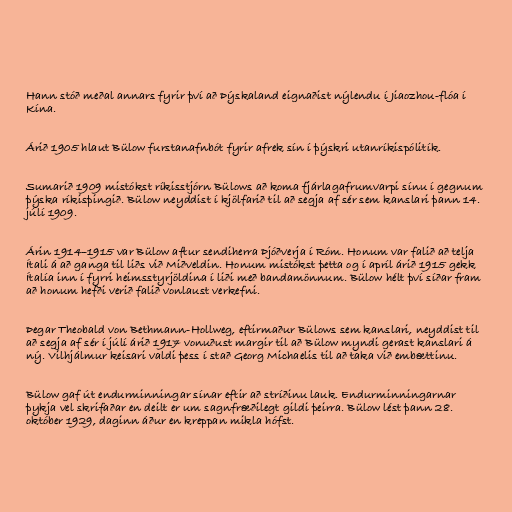
Hann stóð meðal annars fyrir því að Þýskaland eignaðist nýlendu í Jiaozhou-flóa í
Kína.

Árið 1905 hlaut Bülow furstanafnbót fyrir afrek sín í þýskri utanríkispólitík.

Sumarið 1909 mistókst ríkisstjórn Bülows að koma fjárlagafrumvarpi sínu í gegnum
þýska ríkisþingið. Bülow neyddist í kjölfarið til að segja af sér sem kanslari þann 14.
júlí 1909.

Árin 1914–1915 var Bülow aftur sendiherra Þjóðverja í Róm. Honum var falið að telja
Ítali á að ganga til liðs við Miðveldin. Honum mistókst þetta og í apríl árið 1915 gekk
Ítalía inn í fyrri heimsstyrjöldina í liði með bandamönnum. Bülow hélt því síðar fram
að honum hefði verið falið vonlaust verkefni.

Þegar Theobald von Bethmann-Hollweg, eftirmaður Bülows sem kanslari, neyddist til
að segja af sér í júlí árið 1917 vonuðust margir til að Bülow myndi gerast kanslari á
ný. Vilhjálmur keisari valdi þess í stað Georg Michaelis til að taka við embættinu.

Bülow gaf út endurminningar sínar eftir að stríðinu lauk. Endurminningarnar
þykja vel skrifaðar en deilt er um sagnfræðilegt gildi þeirra. Bülow lést þann 28.
október 1929, daginn áður en kreppan mikla hófst.